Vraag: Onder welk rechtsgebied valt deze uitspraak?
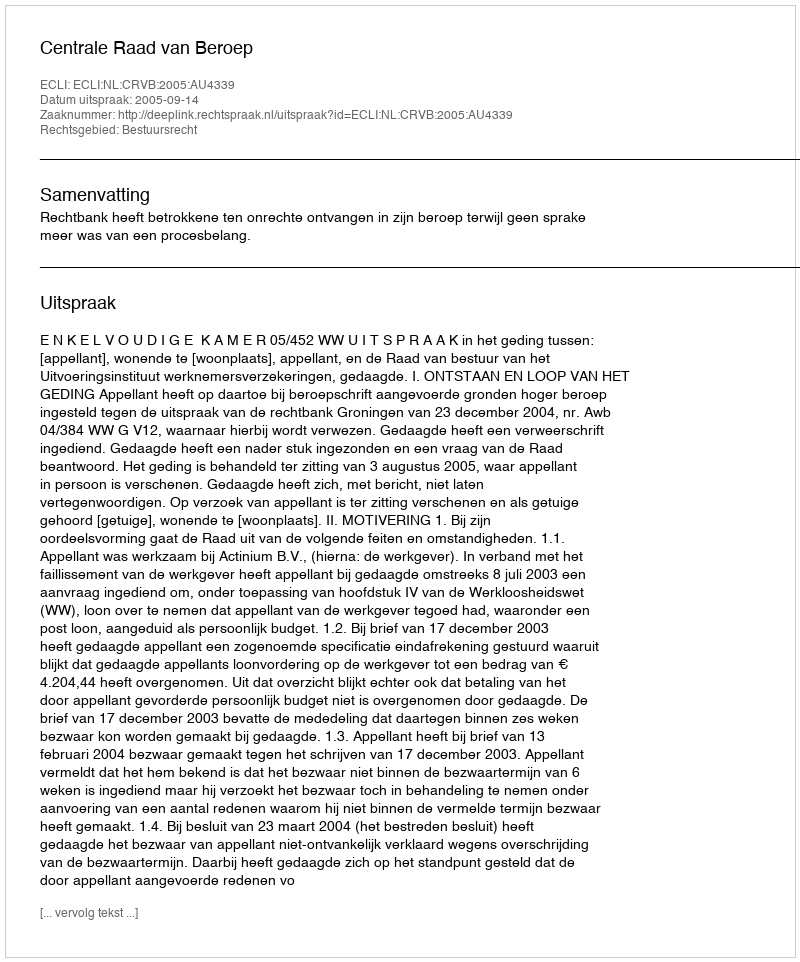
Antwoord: Bestuursrecht